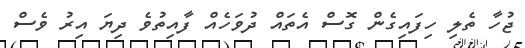
ޖުހާ ތެލި ހިފައިގެން ގޮސް އެތައް ދުވަހެއް ފާއިތުވެ ދިޔަ އިރު ވެސް